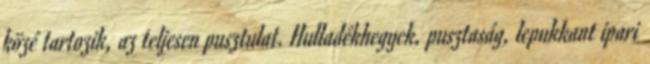
közé tartozik, az teljesen pusztulat. Hulladékhegyek, pusztaság, lepukkant ipari